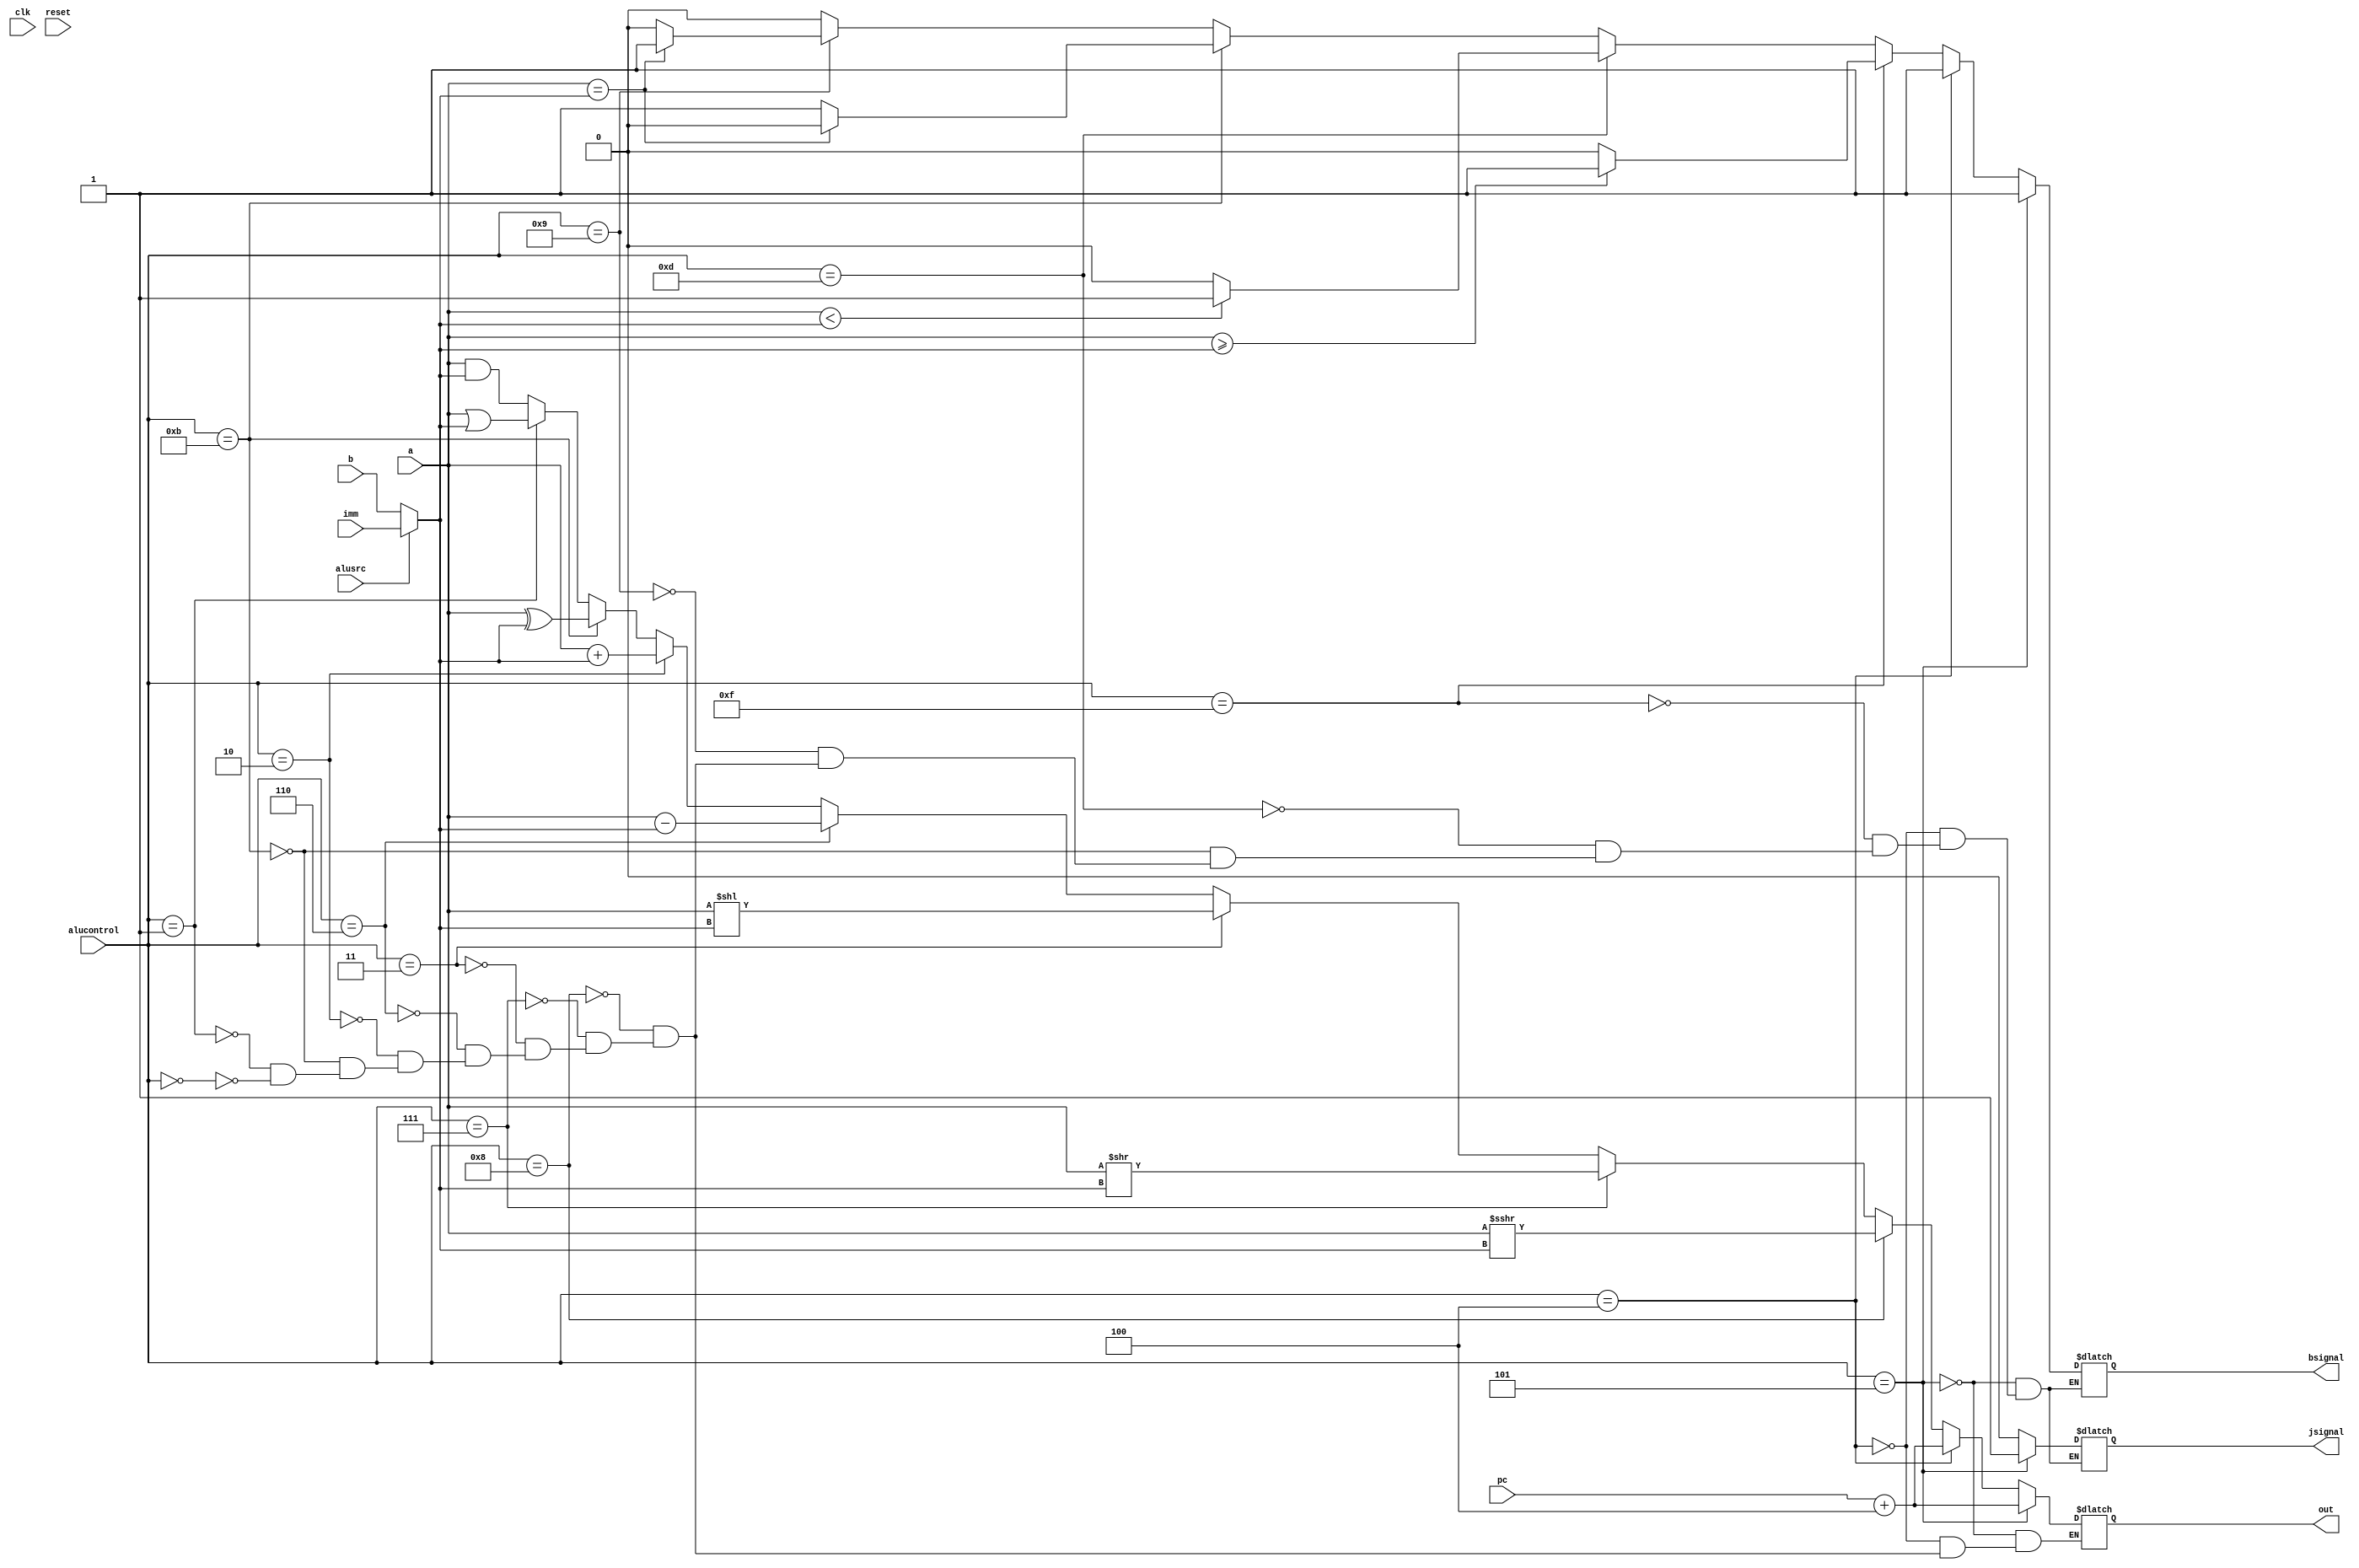
`timescale 1ns / 1ps
//////////////////////////////////////////////////////////////////////////////////
// Company: 
// Engineer: 
// 
// Design Name: 
// Module Name: Alu
// Project Name: 
// Target Devices: 
// Tool Versions: 
// Description: 
// 
// Dependencies: 
// 
// Revision:
// Revision 0.01 - File Created
// Additional Comments:
// 
//////////////////////////////////////////////////////////////////////////////////

module ALU(
    input clk,
    input reset,
    input [63:0] a,
    input [63:0] b,
    input [3:0] alucontrol,
    input alusrc,
    input [63:0] imm,
    output reg [63:0] out,
    output reg bsignal,
    input [63:0] pc,
    output reg jsignal
    );
    
    reg [63:0] temp;

always@(*)
begin


    if(alusrc == 1)
    begin
        temp = imm;    
    
    end
    
    else
    begin
        temp = b;
    end

    //And
    if(alucontrol == 4'b0)
    begin
    
        out = a & temp;
        jsignal = 0;
        bsignal = 0;            
    
    end
        
    //Or
    if(alucontrol == 4'b0001)
    begin
    
        out = a | temp;
         jsignal = 0;
        bsignal = 0;
    
    end
    
    //XOR
    if(alucontrol == 4'b1011)
    begin
    
        out = a ^ temp;
         jsignal = 0;
        bsignal = 0;
    
    end
    
    
    //Add
    if(alucontrol == 4'b0010)
    begin
    
        out = a + temp;
         jsignal = 0;
        bsignal = 0;
    
    end
    
    
    //Sub
    if(alucontrol == 4'b0110)
    begin
    
        out = a - temp;
         jsignal = 0;
        bsignal = 0;
        
        
    end
    
    //SLL
    if(alucontrol == 4'b0011)
    begin
    
        out = a << temp;
         jsignal = 0;
        bsignal = 0;
    end
    
    //SRL
    if(alucontrol == 4'b0111)
    begin
    
        out = a >> temp;
         jsignal = 0;
        bsignal = 0;
    end
    
    //SRA
    if(alucontrol == 4'b1000)
    begin
    
        out = a >>> temp;
         jsignal = 0;
        bsignal = 0;
    end
    
    
    //BEQ
    if(alucontrol == 4'b1001)
    begin
    
            if(a == temp)
            begin
                
                bsignal = 1;
            
            end
            
        else
        begin
            bsignal = 0;
            
        end
        jsignal = 0;
    end
    
    //BNE
    if(alucontrol == 4'b1011)
    begin
        
        if(a == temp)
        begin
            
            bsignal = 0;
        
        end
            
        else
        begin
            bsignal = 1;
            
        end
          jsignal = 0;
    end
    
    //BLT
    if(alucontrol == 4'b1101)
    begin
        if(a < temp)
        begin
            
            bsignal = 1;
        
        end
            
        else
        begin
            bsignal = 0;
            
        end
          jsignal = 0;
    end
    
    //BGE
    if(alucontrol == 4'b1111)
    begin
    
        if(a >= temp)
        begin
            
            bsignal = 1;
        
        end
            
        else
        begin
            bsignal = 0;
            
        end
          jsignal = 0;
    
    end
    
    //JAL
    if(alucontrol == 4'b0100)
    begin
    
        $display("This is working");
        bsignal = 1;
        jsignal = 0;
        out = pc + 4;
       
    
    end
    
    if(alucontrol == 4'b0101)
    begin
        
        out = pc + 4;
        bsignal = 1;
        jsignal = 1;
    
    end

    
    

end
endmodule